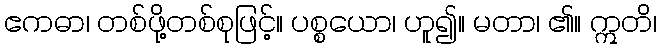
ဧကဓာ၊ တစ်ဖို့တစ်စုဖြင့်။ ပစ္စယော၊ ဟူ၍။ မတာ၊ ၏။ ဣတိ၊